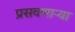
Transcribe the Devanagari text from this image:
प्रसवणार्‍या